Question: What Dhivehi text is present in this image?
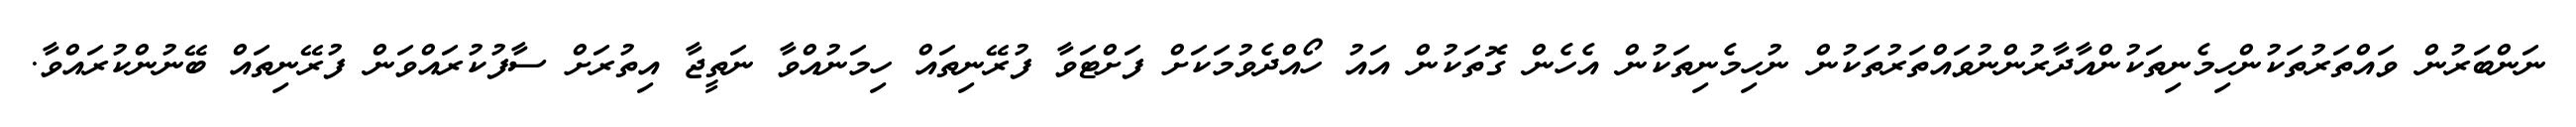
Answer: ނަންބަރުން ވައްތަރުތަކުންހިމެނިތަކުންއާދާރުންނުވައްތަރުތަކުން ނުހިމެނިތަކުން އެހެން ގޮތަކުން އައު ހޯއްދެވުމަކަށް ފަށްޓަވާ ފުރޭނިތައް ހިމަނުއްވާ ނަތީޖާ އިތުރަށް ސާފުކުރައްވަން ފުރޭނިތައް ބޭނުންކުރައްވާ.